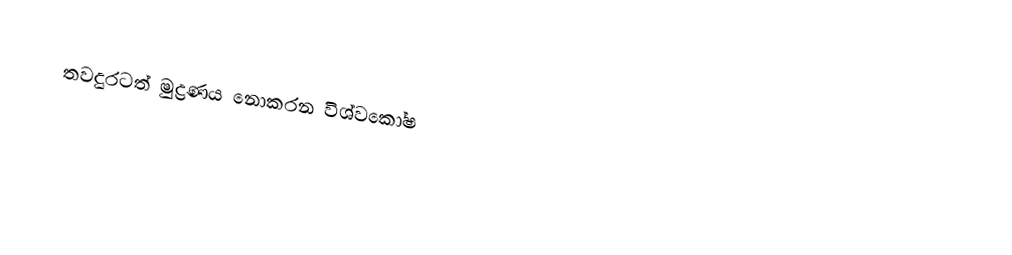
තවදුරටත් මුද්‍රණය නොකරන විශ්වකෝෂ